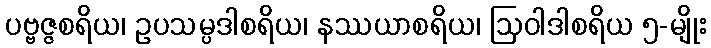
ပဗ္ဗဇ္ဇစရိယ၊ ဥပသမ္ပဒါစရိယ၊ နဿယာစရိယ၊ ဩဝါဒါစရိယ ၅-မျိုး